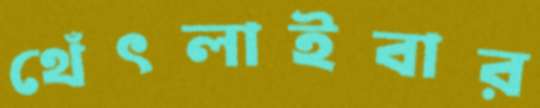
থেঁৎলাইবার